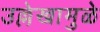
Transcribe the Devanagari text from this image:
उल्लेखामुळे